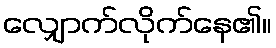
လျှောက်လိုက်နေ၏။